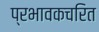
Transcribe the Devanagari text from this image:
प्रभावकचरित